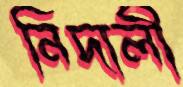
নিদালী